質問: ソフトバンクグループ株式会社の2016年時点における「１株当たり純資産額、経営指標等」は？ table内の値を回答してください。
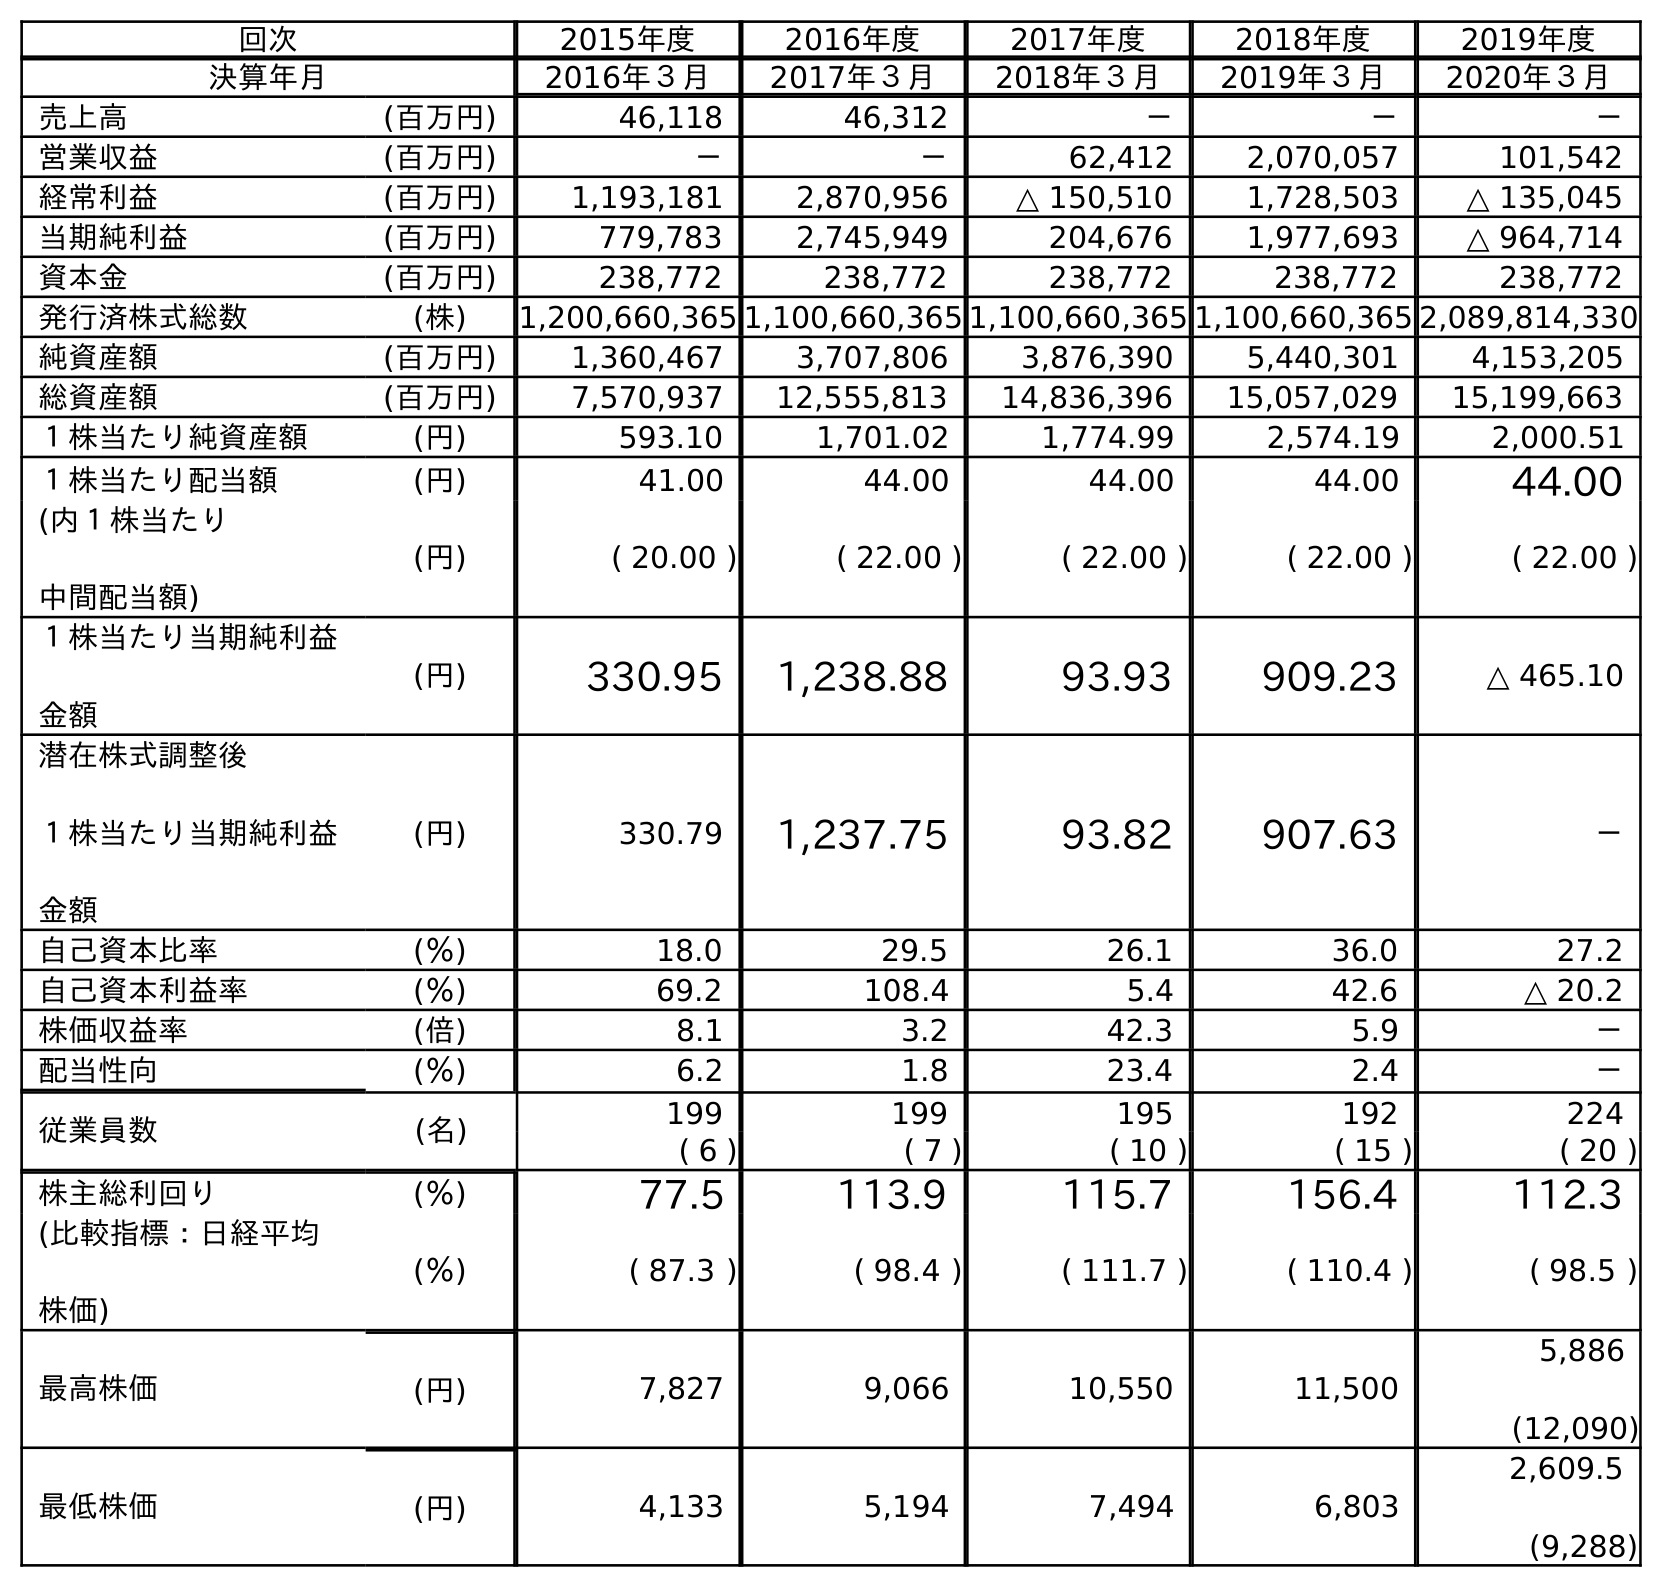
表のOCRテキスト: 回次 2015年度 2016年度 2017年度 2018年度 2019年度 決算年月 2016年３月 2017年３月 2018年３月 2019年３月 2020年３月 売上高 (百万円) 46,118 46,312 － － － 営業収益 (百万円) － － 62,412 2,070,057 101,542 経常利益 (百万円) 1,193,181 2,870,956 △ 150,510 1,728,503 △ 135,045 当期純利益 (百万円) 779,783 2,745,949 204,676 1,977,693 △ 964,714 資本金 (百万円) 238,772 238,772 238,772 238,772 238,772 発行済株式総数 (株) 1,200,660,365 1,100,660,365 1,100,660,365 1,100,660,365 2,089,814,330 純資産額 (百万円) 1,360,467 3,707,806 3,876,390 5,440,301 4,153,205 総資産額 (百万円) 7,570,937 12,555,813 14,836,396 15,057,029 15,199,663 １株当たり純資産額 (円) 593.10 1,701.02 1,774.99 2,574.19 2,000.51 １株当たり配当額 (円) 41.00 44.00 44.00 44.00 44.00 (内１株当たり 中間配当額) (円) ( 20.00 ) ( 22.00 ) ( 22.00 ) ( 22.00 ) ( 22.00 ) １株当たり当期純利益 金額 (円) 330.95 1,238.88 93.93 909.23 △ 465.10 潜在株式調整後 １株当たり当期純利益 金額 (円) 330.79 1,237.75 93.82 907.63 － 自己資本比率 (％) 18.0 29.5 26.1 36.0 27.2 自己資本利益率 (％) 69.2 108.4 5.4 42.6 △ 20.2 株価収益率 (倍) 8.1 3.2 42.3 5.9 － 配当性向 (％) 6.2 1.8 23.4 2.4 － 従業員数 (名) 199 199 195 192 224 ( 6 ) ( 7 ) ( 10 ) ( 15 ) ( 20 ) 株主総利回り (％) 77.5 113.9 115.7 156.4 112.3 (比較指標：日経平均 株価) (％) ( 87.3 ) ( 98.4 ) ( 111.7 ) ( 110.4 ) ( 98.5 ) 最高株価 (円) 7,827 9,066 10,550 11,500 5,886 (12,090) 最低株価 (円) 4,133 5,194 7,494 6,803 2,609.5 (9,288)
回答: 593.10